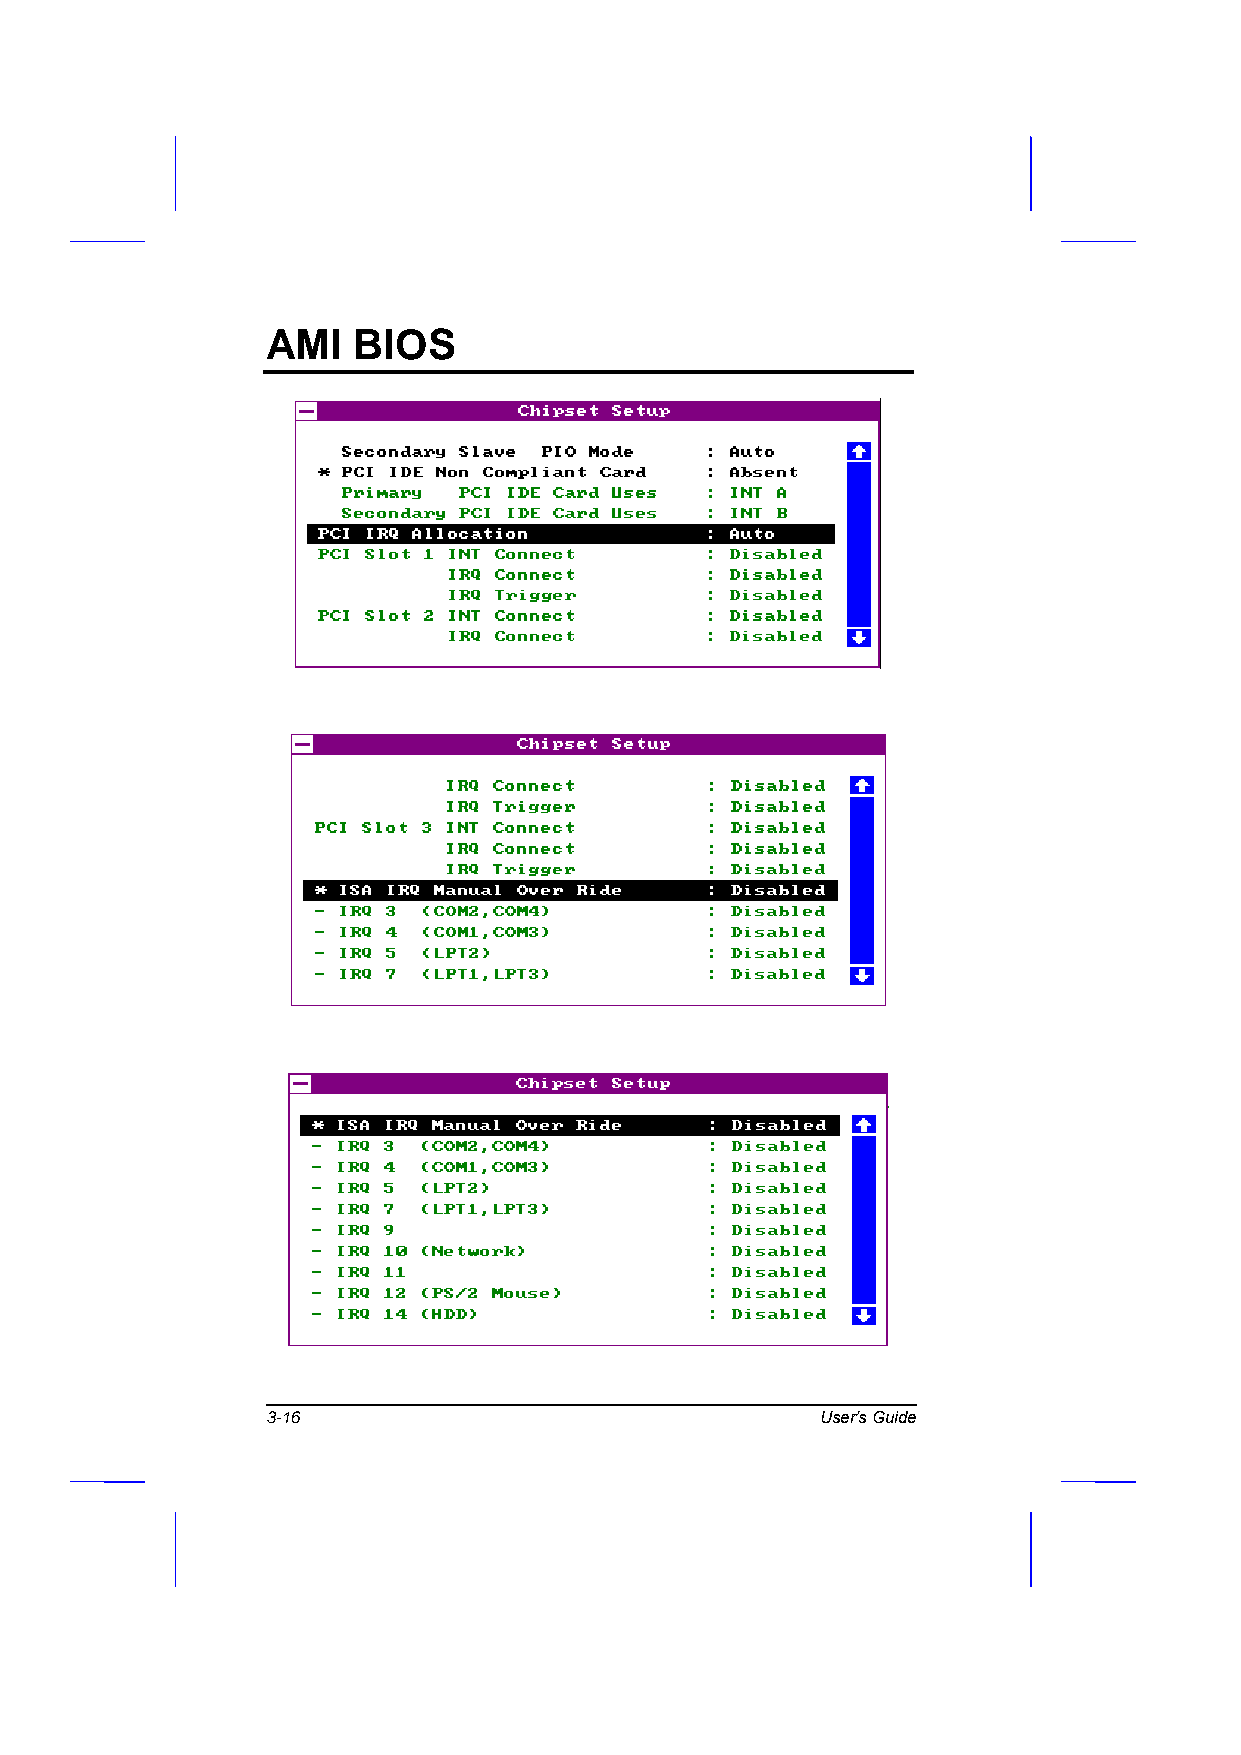
AMI  BIOS
 3-16                                User’s Guide